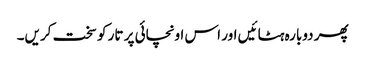
پھر دوبارہ ہٹائیں اور اس اونچائی پر تار کو سخت کریں۔